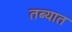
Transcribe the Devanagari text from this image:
तब्यात